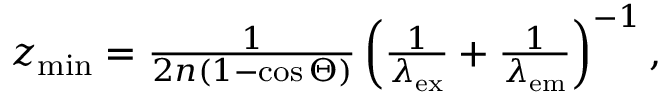
\begin{array} { r } { z _ { \mathrm { m i n } } = \frac { 1 } { 2 n \left( 1 - \cos \Theta \right) } \left( \frac { 1 } { \lambda _ { \mathrm { e x } } } + \frac { 1 } { \lambda _ { \mathrm { e m } } } \right) ^ { - 1 } , } \end{array}